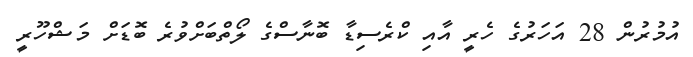
އުމުރުން 28 އަހަރުގެ ހެރީ އާއި ކްރެސިޑާ ބޮނާސްގެ ލޯތްބަށްވުރެ ބޮޑަށް މަޝްހޫރީ